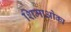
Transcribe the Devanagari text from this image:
शिमाओका